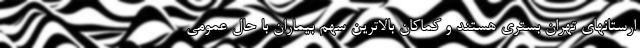
ارستانهای تهران بستری هستند و کماکان بالاترین سهم بیماران با حال عمومی